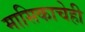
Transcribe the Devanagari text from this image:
मासिकाचेही